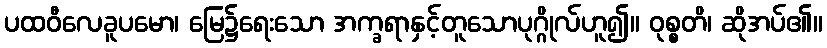
ပထဝီလေခူပမော၊ မြေ၌ရေးသော အက္ခရာနှင့်တူသောပုဂ္ဂိုလ်ဟူ၍။ ဝုစ္စတိ၊ ဆိုအပ်၏။